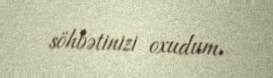
söhbətinizi oxudum.